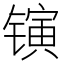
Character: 𬭰